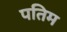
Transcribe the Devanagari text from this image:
पतिम